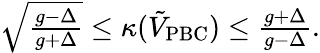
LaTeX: \begin{array}{r}{\sqrt{\frac{g-\Delta}{g+\Delta}}\le\kappa(\tilde{V}_{\mathrm{PBC}})\le\frac{g+\Delta}{g-\Delta}.}\end{array}